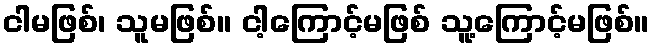
ငါမဖြစ်၊ သူမဖြစ်။ ငါ့ကြောင့်မဖြစ် သူ့ကြောင့်မဖြစ်။